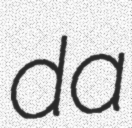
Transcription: da